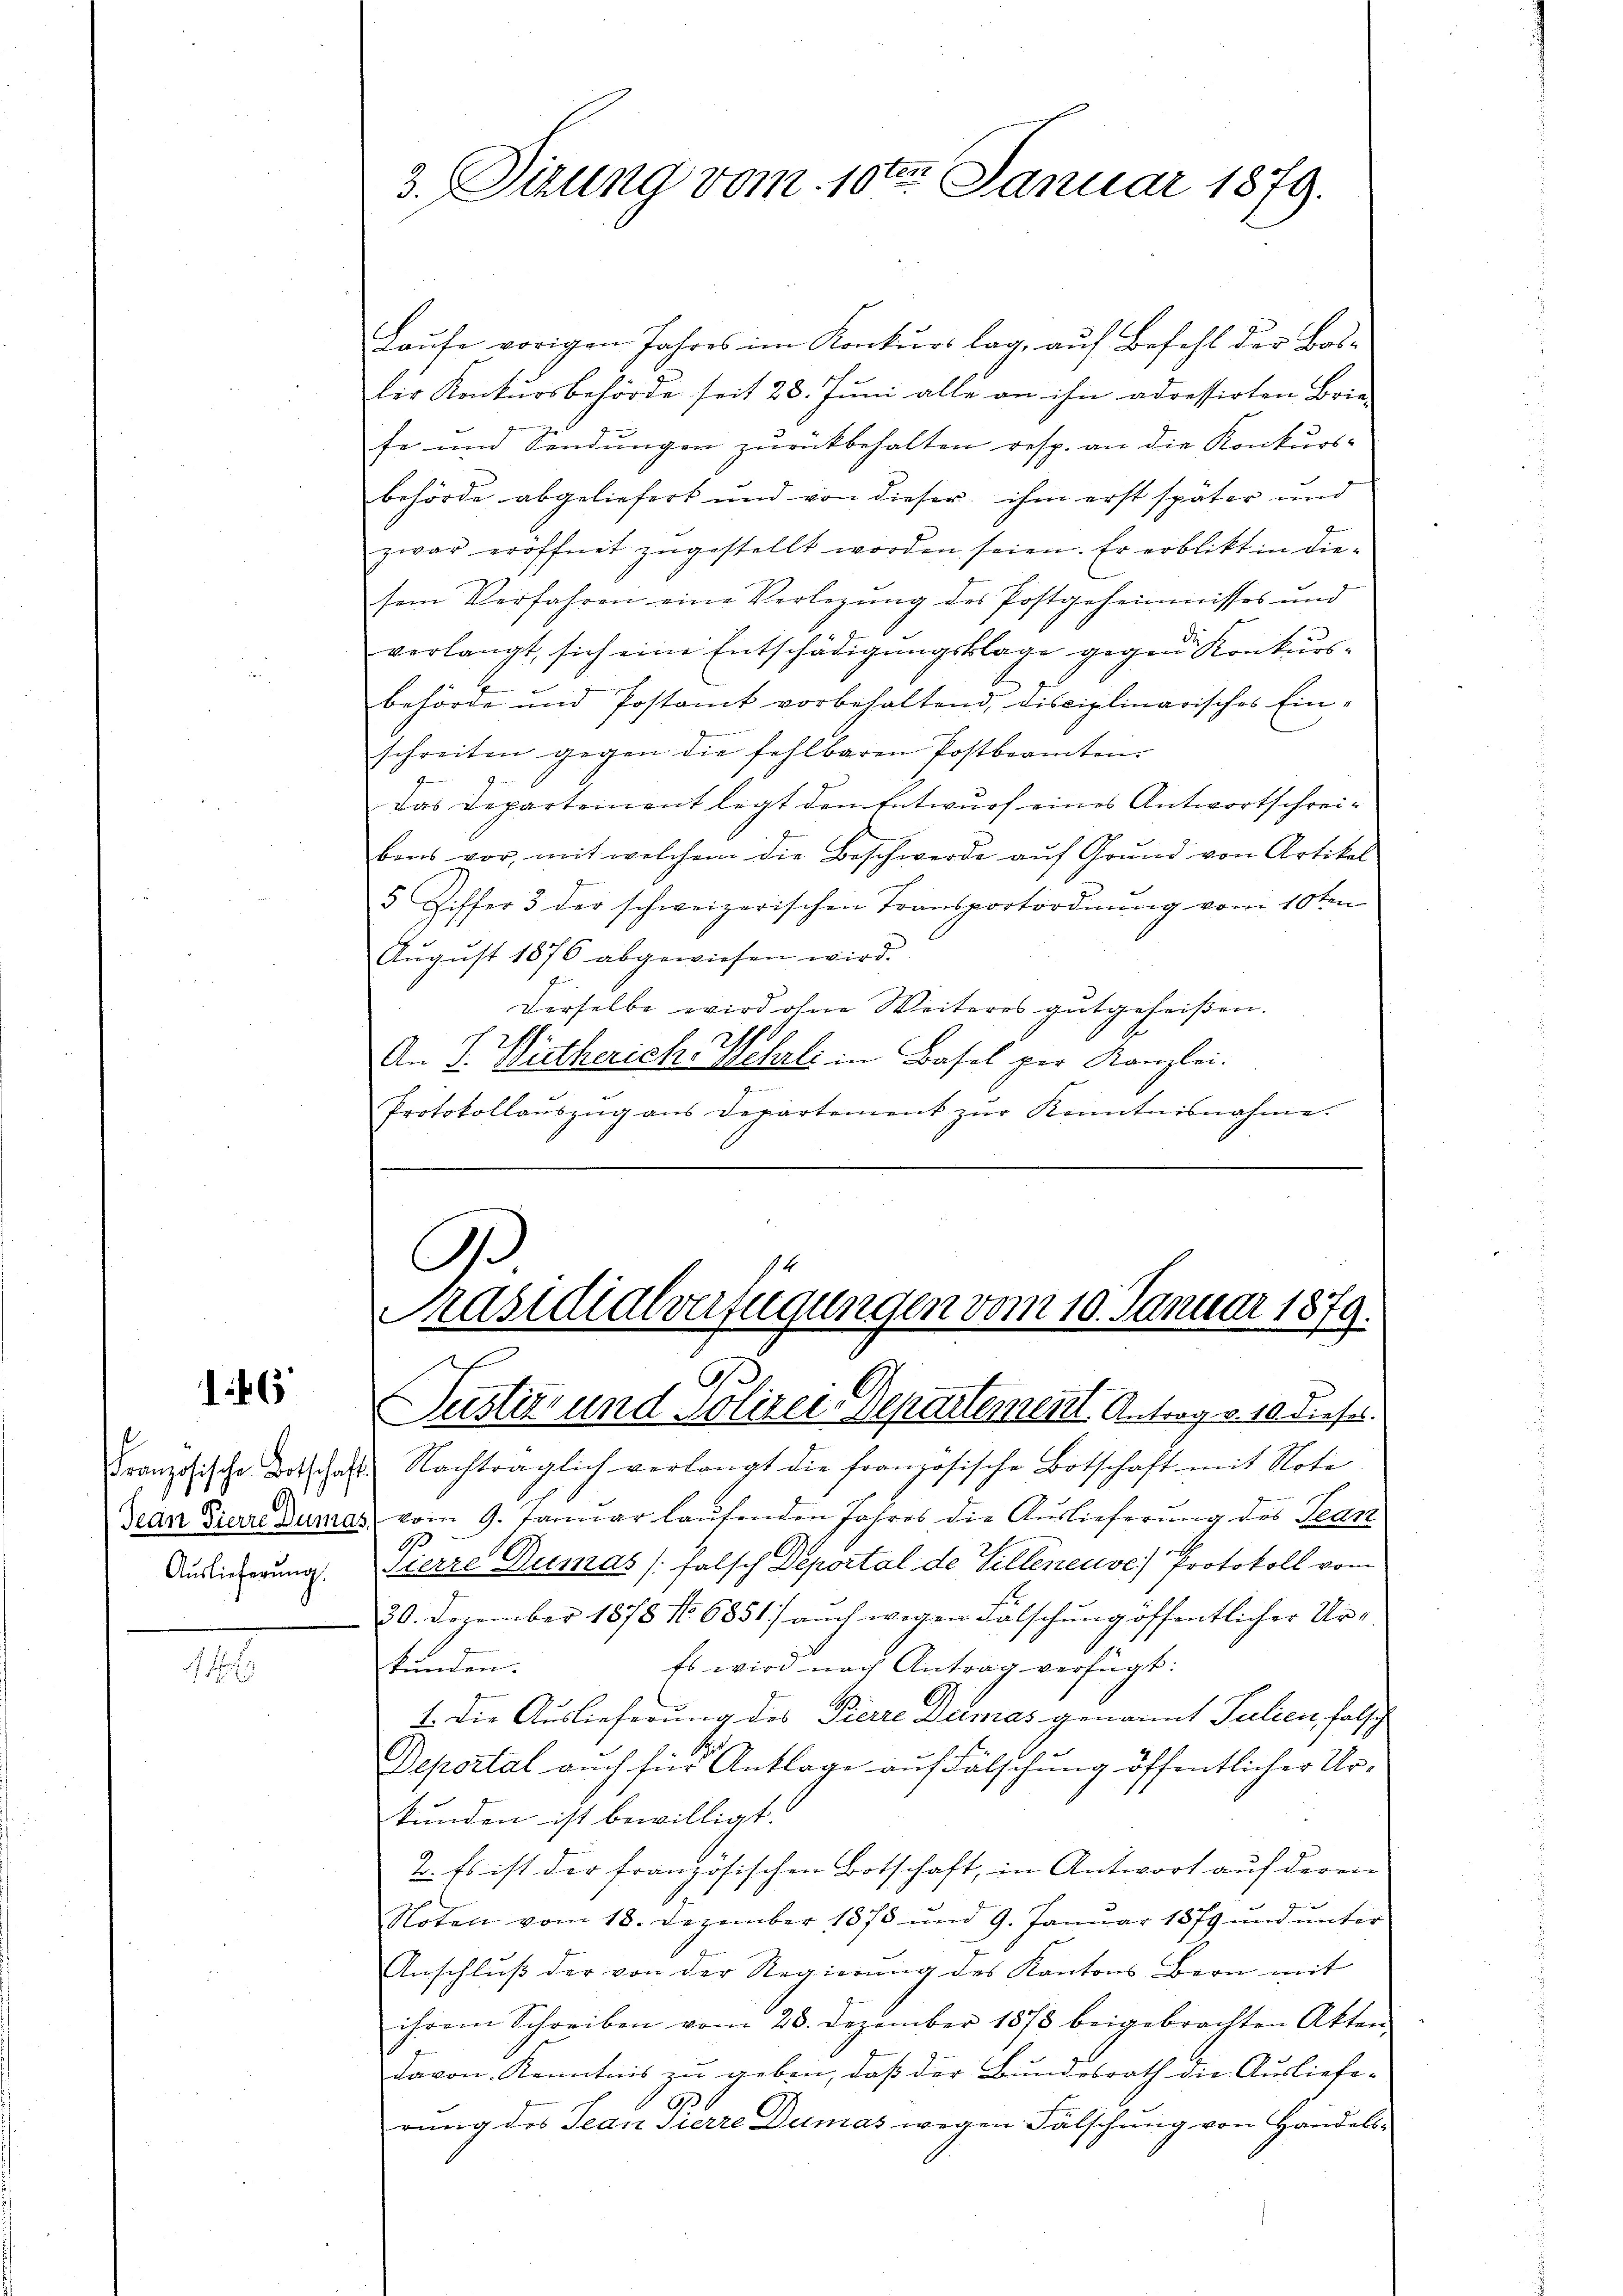
146

0
Jean Pierre Zuma.
Auslieferung.

1

3. Sizung vom 10ten Januar 1879.

Laufe vorigen Jahres im Konkurs lag, auf Befehl der Bosdie Konkursbehörde seit 28. Juni alle an ihn adressirten Brie-
se und Sendungen zurückbehalten resp. an die Konkurs-
behörde abgeliefert und von dieser ihm erst später und
zwar eröffnet zŭgestellt worden seien. Er erblikt in diesem Verfahren eine Verlegung des Postgeheimnisses und
verlangt, sich eine Entschädigungsklage gegen Konkurs¬
2
behörde und Postamt vorbehaltend, disciplinarisches Ein-
schreiten gegen die fehlbaren Postbeamten
Das Departement legt den Entwurf eines Antwortschreibens vor, mit welchem die Beschwerde aŭf Grŭnd von Artikel
5 Ziffer 3 der schweizerischen Transportordnŭng vom 10ten
Aŭgŭst 1876 abgewiesen wird.
Derselbe wird ohne Weiteres gutgeheißen.
11
An J. Wutherichs Benzli in Basel per Kanzlei.
Protokollaŭszŭg ans Departement zŭr Kenntnisnahme.

.

A
Präsidialverfügungen vom 10. Januar 1879.
B.
Pustiz und Polizei-Departement. Antrag v. 10 dieses.

Französische Botschaft Nachträglich verlangt die französische Botschaft mit Note
 vom 9. Januar laufenden Jahres die Auslieferung des Tean
9
Sierre Dumas (falsch Deportal de Villeneuve Protokoll vom
20. Dezember 1878 No. 6851) auch wegen Fälschung öffentlicher Ur¬
Es wird nach Antrag verfügt:
kunden.
1. Die Auslieferung des Pierre Dumas genannt Julien, falsch
..
Deportal auch für Anklage auf Fälschung öffentlicher Urkunden ist bewilligt.
2. Es ist der französischen Botschaft, in Antwort auf deren
Noten vom 18. Dezember 1875 und 9. Januar 1879 und ŭnter
Anschlŭβ der von der Regierŭng des Kantons Bern mit
ihrem Schreiben vom 28. Dezember 1873 beigebrachten Akten
davon Kenntnis zu geben, daß der Bundesrath die Ausliefe-
9
rung des Jean Pierre Dumas wegen Fälschung von Handels¬